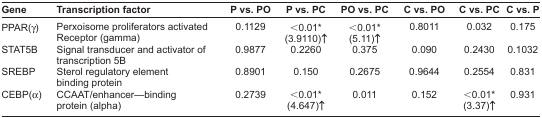
| Gene | Transcription factor | P vs. PO | P vs. PC | PO vs. PC | C vs. PO | C vs. PC | C vs. P |
 | --- | --- | --- | --- | --- | --- | --- | --- |
 | PPAR(γ) | Perxoisome proliferators activated Receptor (gamma) | 0.1129 | <0.01* (3.9110)↑ | <0.01* (5.11)↑ | 0.8011 | 0.032 | 0.175 |
 | STAT5B | Signal transducer and activator of transcription 5B | 0.9877 | 0.2260 | 0.375 | 0.090 | 0.2430 | 0.1032 |
 | SREBP | Sterol regulatory element binding protein | 0.8901 | 0.150 | 0.2675 | 0.9644 | 0.2554 | 0.831 |
 | CEBP(α) | CCAAT/enhancer—binding protein (alpha) | 0.2739 | <0.01* (4.647)↑ | 0.011 | 0.152 | <0.01* (3.37)↑ | 0.931 |